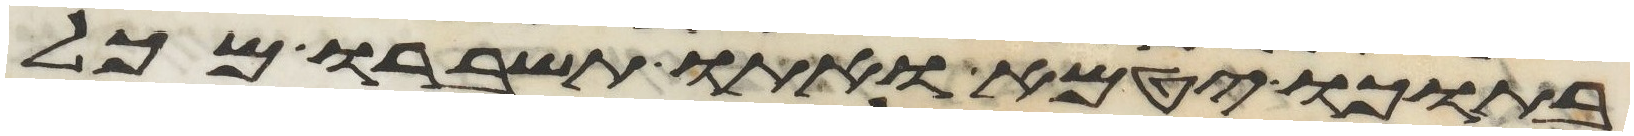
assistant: בתוכו יטמא ואתו תשברו מכל